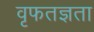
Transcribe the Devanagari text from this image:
वृफतज्ञता